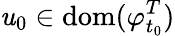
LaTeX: \mathit{u}_{0}\in\mathrm{{dom}}(\varphi_{t_{0}}^{T})